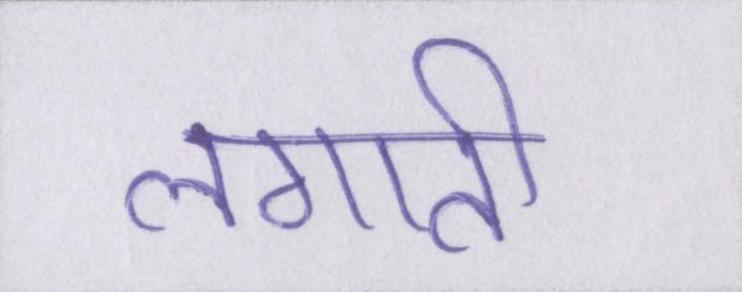
लगाती